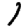
Digit: 1